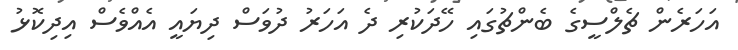
އަހަރެން ޗެލްސީގެ ބެންޗުގައި ހޭދަކުރި ދެ އަހަރު ދުވަސް ދިޔައީ އެއްވެސް އިދިކޮޅު